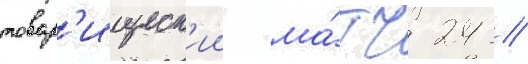
товар'ищеск'ии ма́тч 24 //